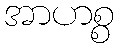
အာဟစ္စ